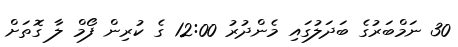
30 ނަމްބަރުގެ ބަދަލުގައި މެންދުރު 12:00 ގެ ކުރިން ފޯމް ލާ ގޮތަށް